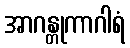
အာဂန္တုကာဂါရံ